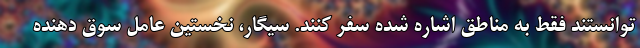
توانستند فقط به مناطق اشاره شده سفر کنند. سیگار، نخستین عامل سوق دهنده